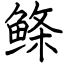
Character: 鲦